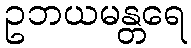
ဥဘယမန္တရေ